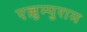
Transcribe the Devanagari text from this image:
एल्लुम्पुराम